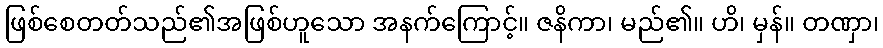
ဖြစ်စေတတ်သည်၏အဖြစ်ဟူသော အနက်ကြောင့်။ ဇနိကာ၊ မည်၏။ ဟိ၊ မှန်။ တဏှာ၊